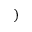
)